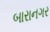
બારાનગર